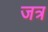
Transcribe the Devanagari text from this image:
जत्र